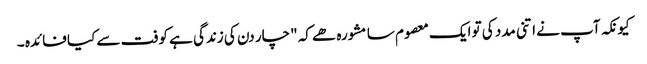
کیونکہ آپ نے اتنی مدد کی تو ایک معصوم سا مشورہ ھے کہ "چار دن کی زندگی ہے کوفت سے کیا فائدہ ۔